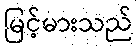
မြင့်မားသည်